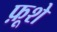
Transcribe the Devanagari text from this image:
फ़ूशे